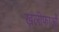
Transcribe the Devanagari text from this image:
ख़लीफाओं